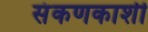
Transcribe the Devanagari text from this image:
संकणकाशी